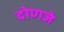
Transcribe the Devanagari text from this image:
दोणजे